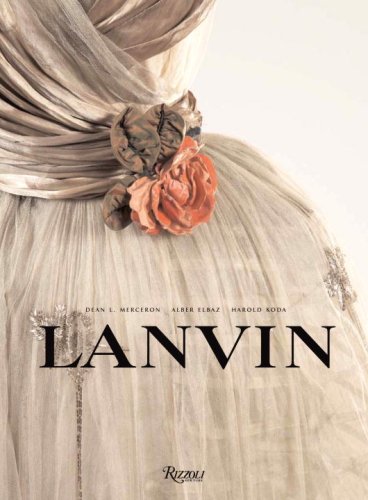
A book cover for Lanvin; Dean Merceron; Arts & Photography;